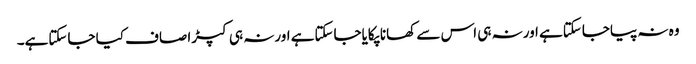
وہ نہ پیاجاسکتاہے اورنہ ہی اس سے کھانا پکایاجاسکتاہے اورنہ ہی کپڑا صاف کیا جاسکتاہے۔